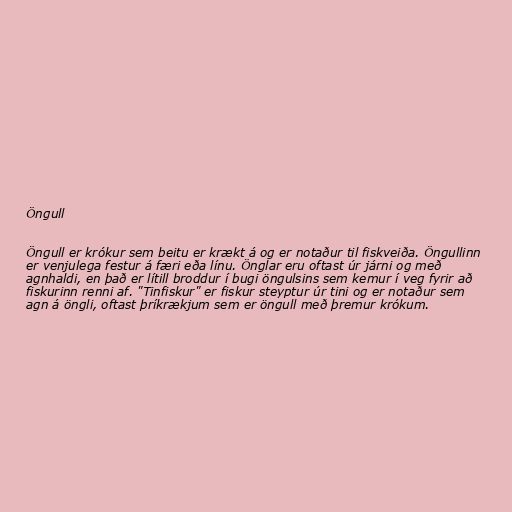
Öngull

Öngull er krókur sem beitu er krækt á og er notaður til fiskveiða. Öngullinn
er venjulega festur á færi eða línu. Önglar eru oftast úr járni og með
agnhaldi, en það er lítill broddur í bugi öngulsins sem kemur í veg fyrir að
fiskurinn renni af. "Tinfiskur" er fiskur steyptur úr tini og er notaður sem
agn á öngli, oftast þríkrækjum sem er öngull með þremur krókum.